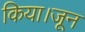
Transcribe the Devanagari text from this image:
किया।जून